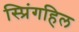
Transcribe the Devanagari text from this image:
स्प्रिंगहिल